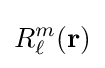
R_{\ell }^{m}(\mathbf {r} )